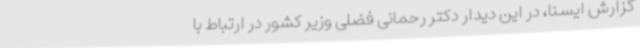
گزارش ایسنا، در این دیدار دکتر رحمانی فضلی وزیر کشور در ارتباط با